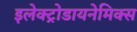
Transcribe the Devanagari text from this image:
इलेक्ट्रोडायनेमिक्स